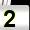
Digit: 2